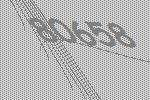
80658